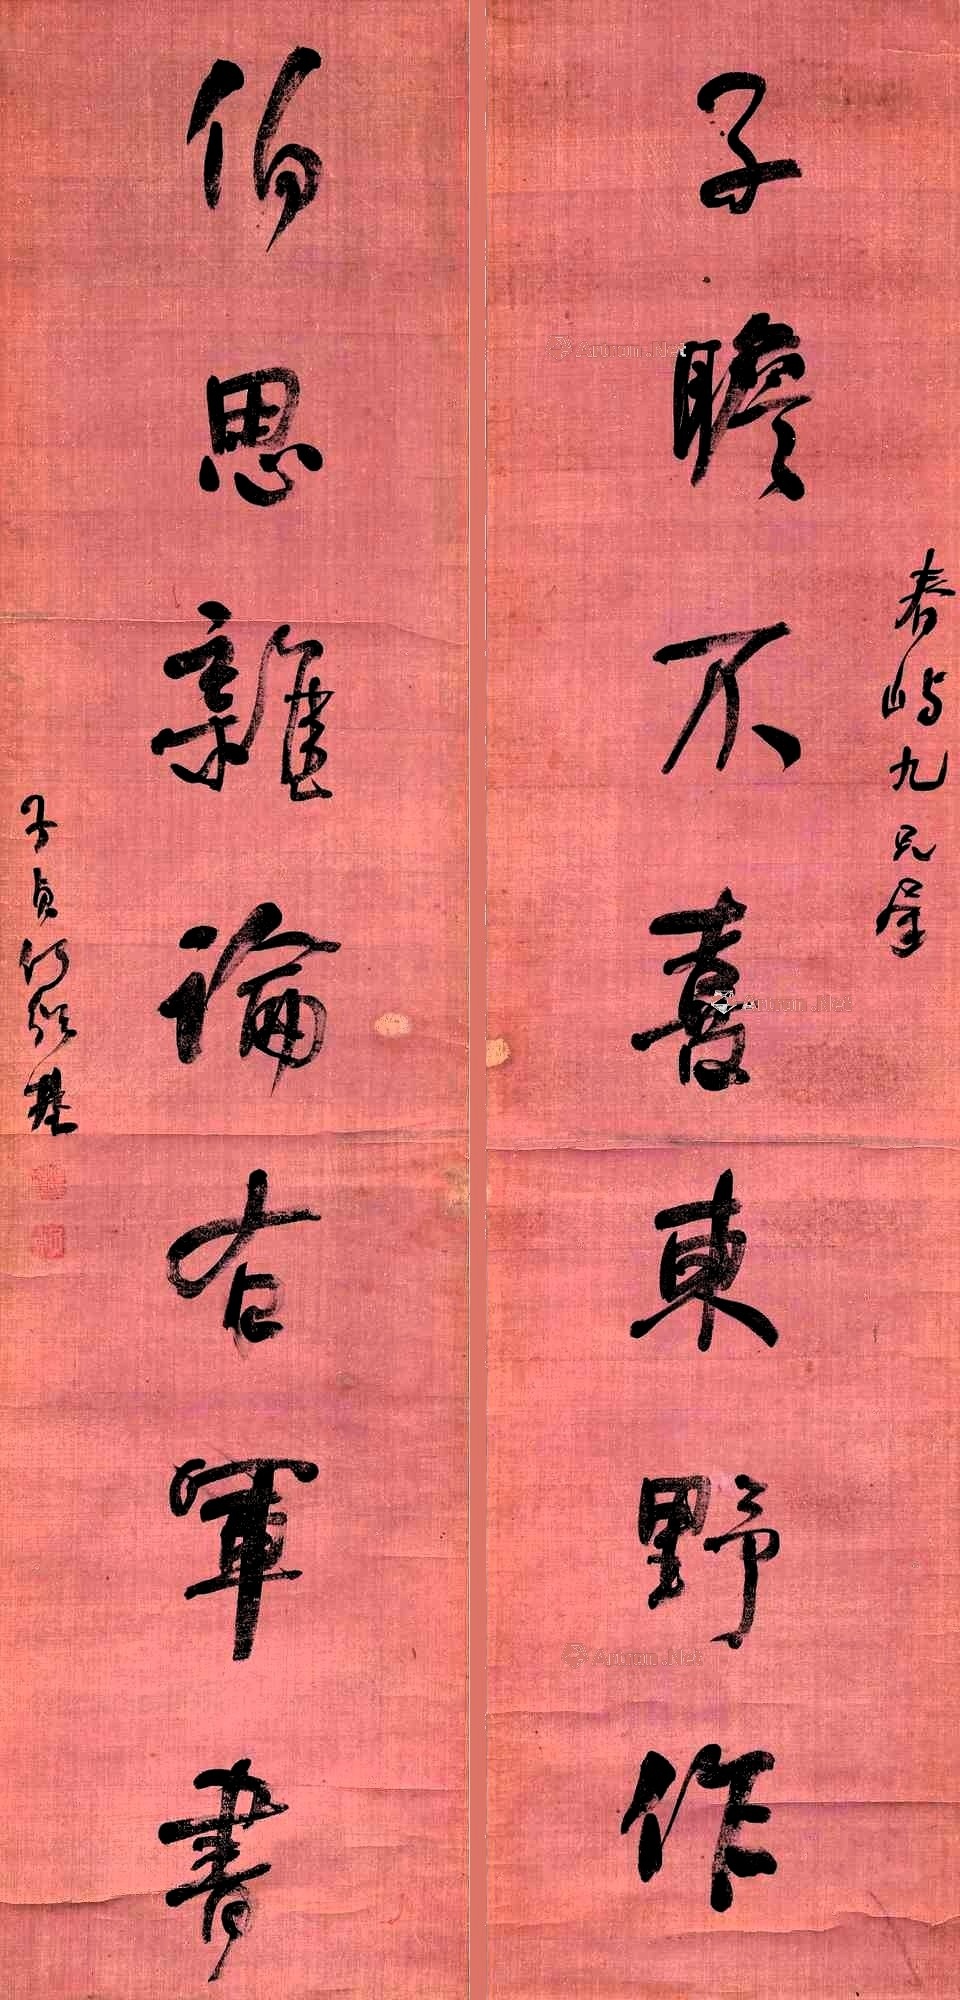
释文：子瞻不喜东野作，伯思杂论右军书。春屿九兄属。子贞何绍基。